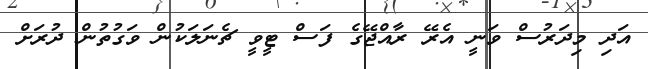
އަދި މިދަރުސް ވަނީ އެރޭ ރާއްޖޭގެ ފަސް ޓީވީ ޗެނަލަކުން ވަގުތުން ދުރަށް